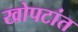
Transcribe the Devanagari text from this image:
खोपटांत